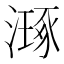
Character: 𣽗